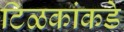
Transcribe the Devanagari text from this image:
टिळकांकडे